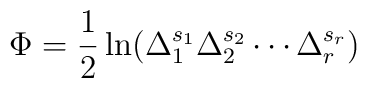
\Phi =\frac 12\ln (\Delta _1^{s_1}\Delta _2^{s_2}\cdots \Delta_r^{s_r})